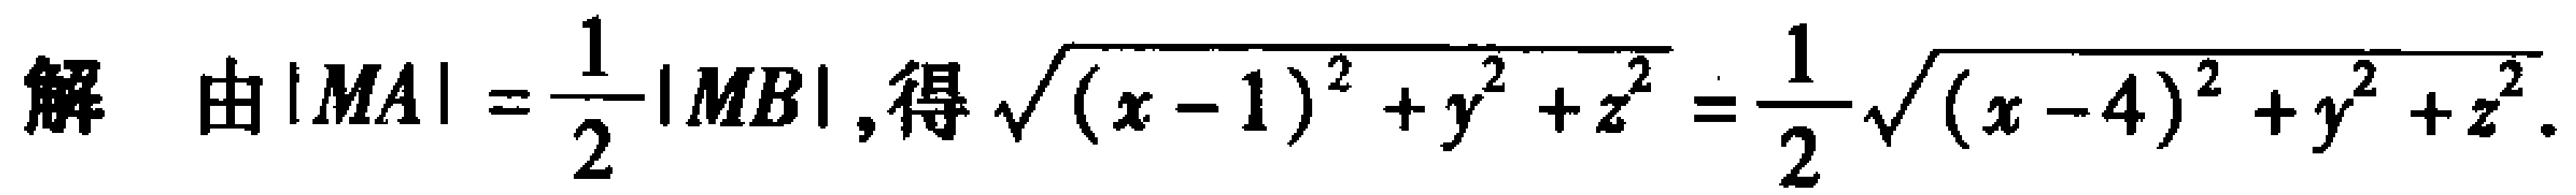
解 由$|MA|=\dfrac{1}{2}|MB|$,得$\sqrt{(x - 1)^{2}+y^{2}+z^{2}}=\dfrac{1}{2}\sqrt{(x - 4)^{2}+y^{2}+z^{2}}$.